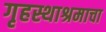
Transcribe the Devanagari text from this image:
गृहस्थाश्रमाचा